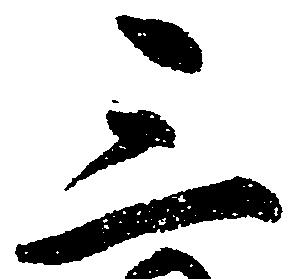
三